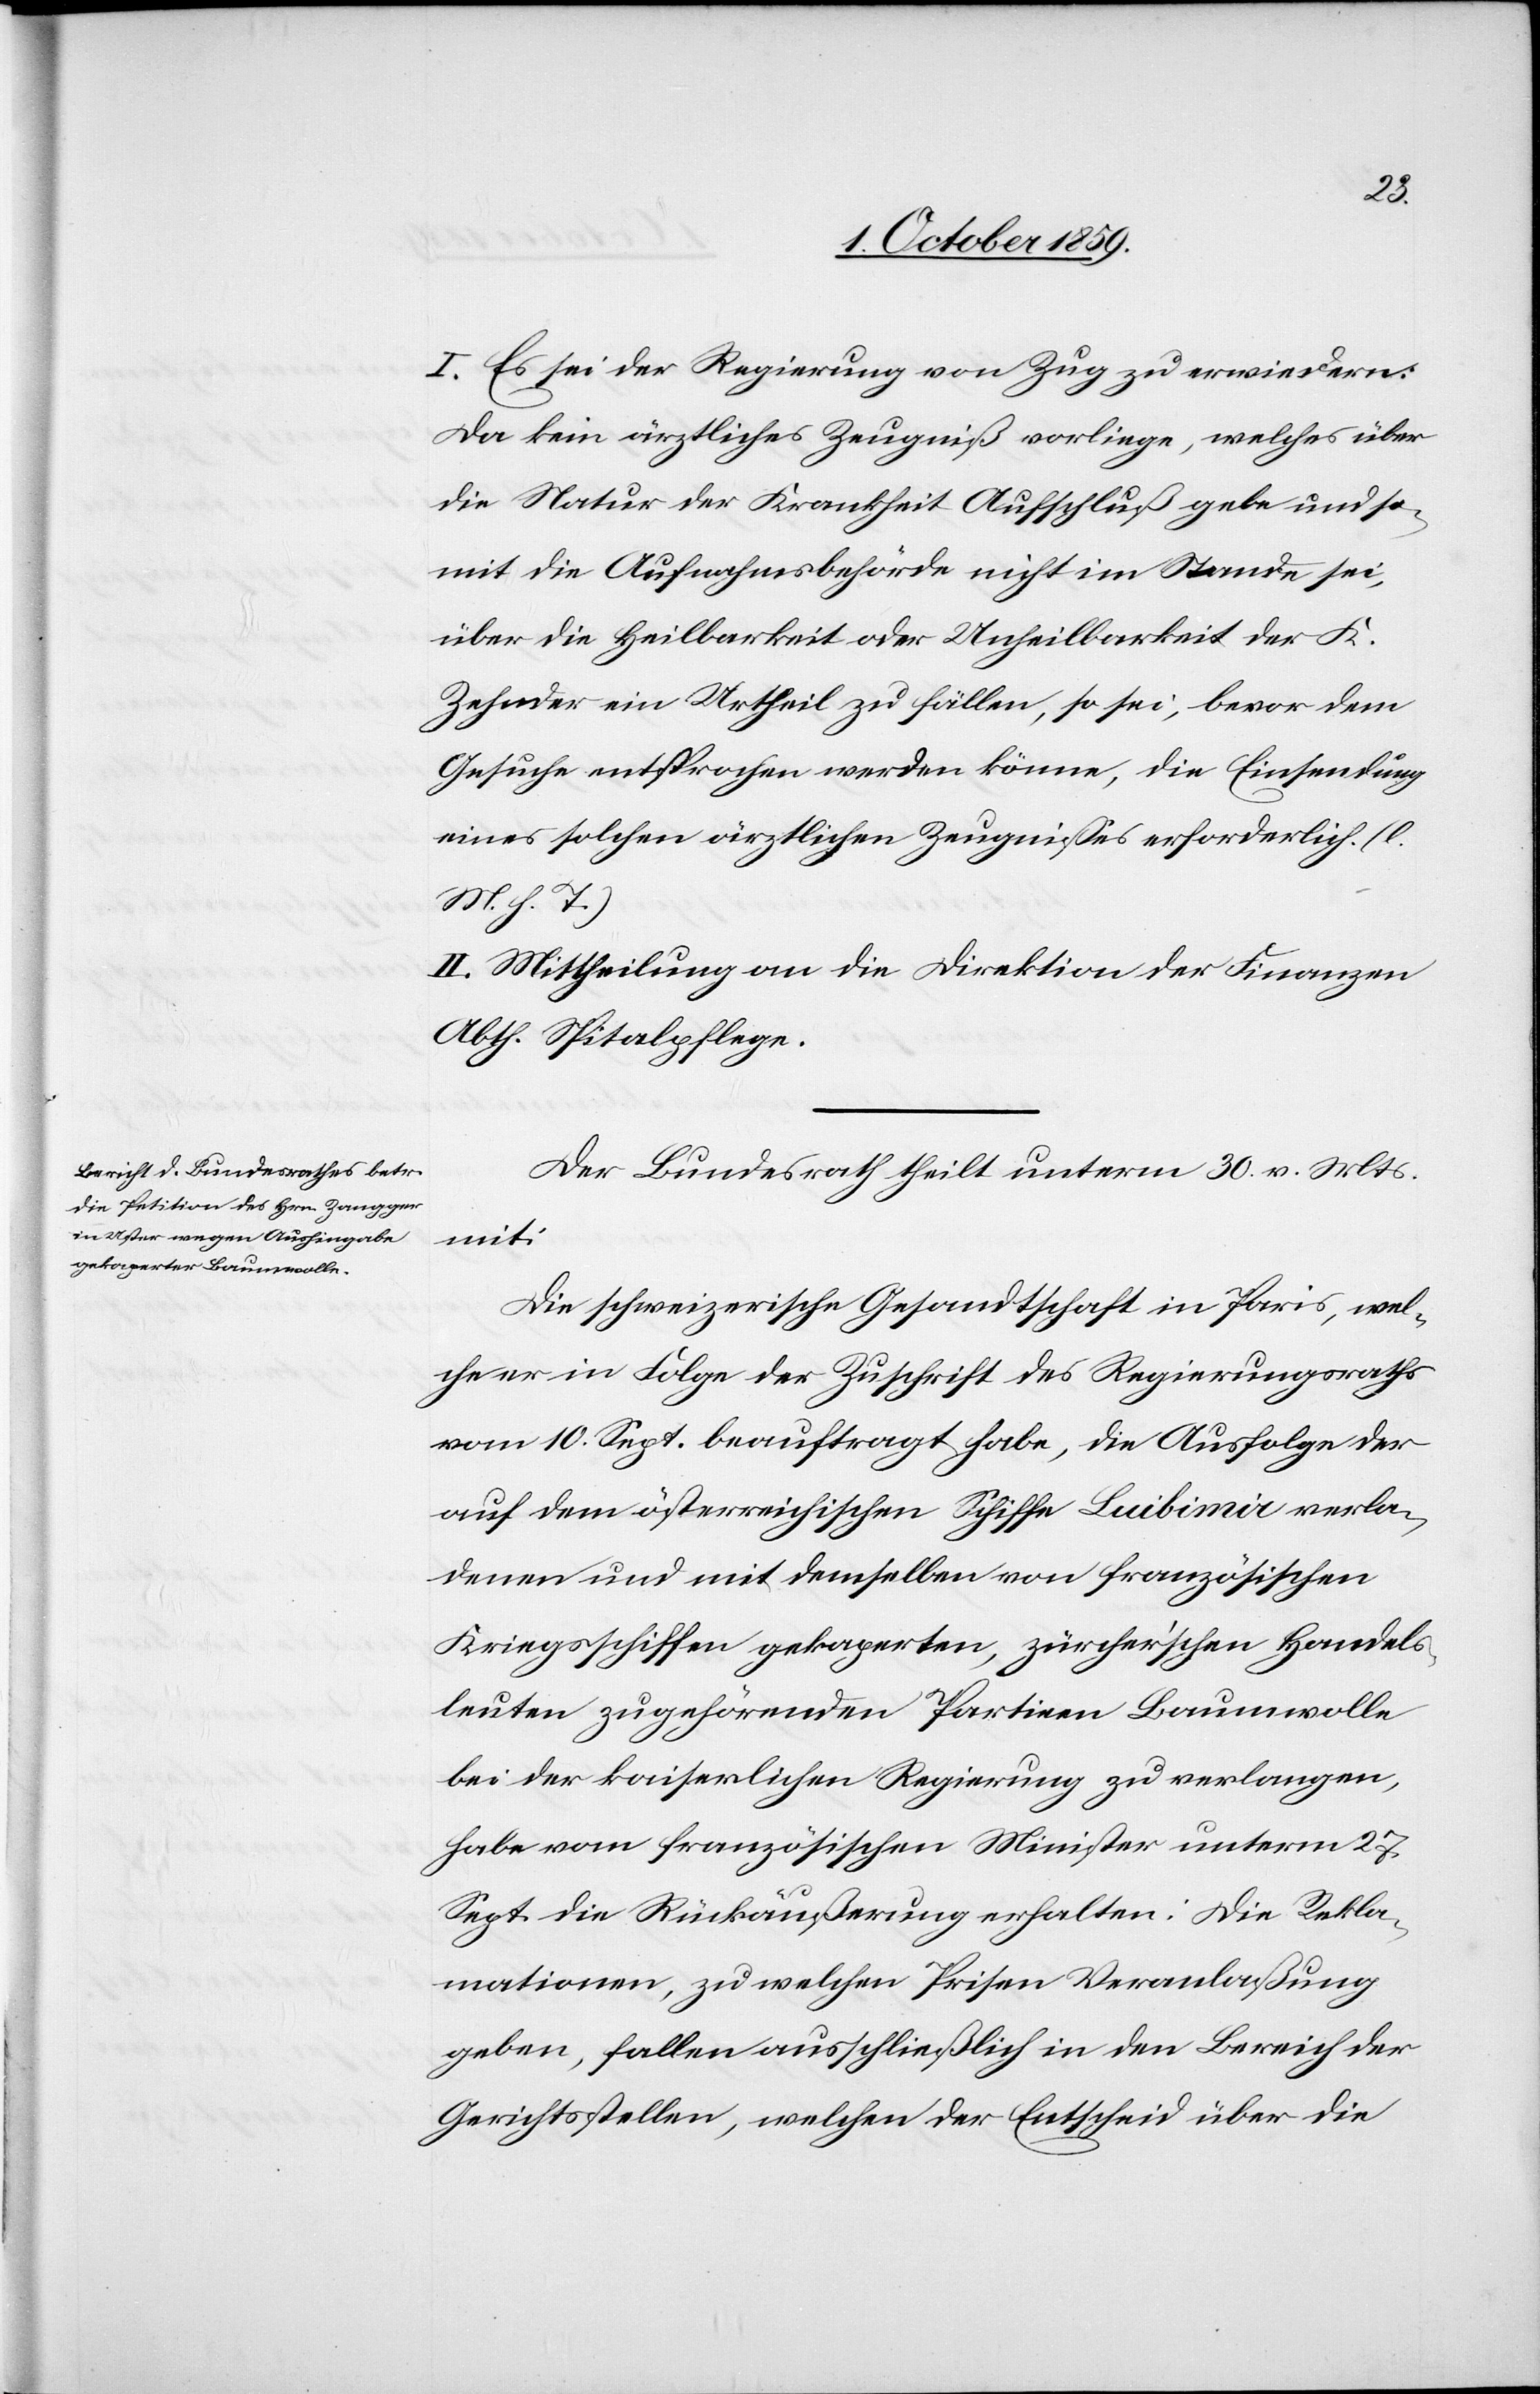
3. October 1859]
I. Es sei der Regierung von Zug zu erwiedern:
Da kein ärztliches Zeugniß vorliege, welches über
die Natur der Krankheit Aufschluß gebe und so¬
mit die Aufnahmsbehörde nicht im Stande sei,
über die Heilbarkeit oder Unheilbarkeit der K.
Zehnder ein Urtheil zu fällen, so sei, bevor dem
Gesuch entsprochen werden könne, die Einsendung
eines solchen ärztlichen Zeugnisses erforderlich. (l.
M. s.T.)
II. Mittheilung an die Direktion der Finanzen,
Abth. Spitalpflege.
Der Bundesrath theilt unterm 30. v. Mts.
mit:
Die schweizerische Gesandtschaft in Paris, wel¬
che er in Folge der Zuschrift des Regierungsraths
vom 10. Sept. beauftragt habe, die Ausfolge der
auf dem österreichischen Schiffe Luibimir verla¬
denen und mit demselben von französischen
Kriegsschiffen gekaperten, zürcher[i]schen Handels¬
leuten zugehörenden Partieen Baumwolle
bei der kaiserlichen Regierung zu verlangen,
habe vom französischen Minister unterm 27.
Sept. die Rückäußerung erhalten: Die Rekla¬
mationen, zu welchen Prisen Veranlaßung
geben, fallen ausschließlich in den Bereich der
Gerichtsstellen, welchen der Entscheid über die